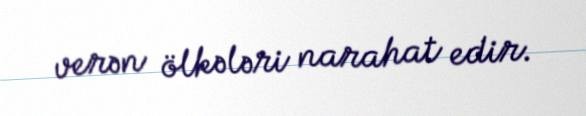
verən ölkələri narahat edir.